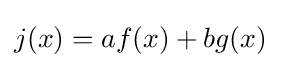
j(x)=af(x)+bg(x)